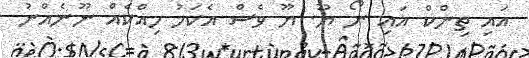
އައި ތިންކް އައި ނޯ ޔޫ. ޔޫ ވެސް އެކަމު ހިއްކެއް ނޫނެއްނު